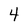
Character: 4